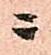
ニ